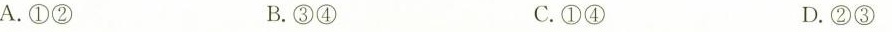
A.①② B.③④ C.①④ D.②③